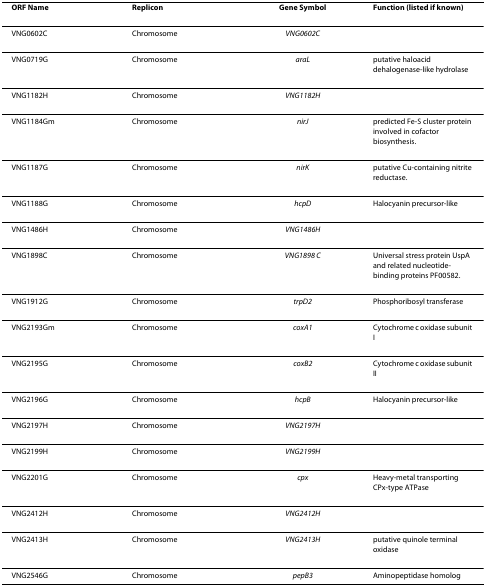
<table><thead><tr><td><b>ORF Name</b></td><td><b>Replicon</b></td><td><b>Gene Symbol</b></td><td><b>Function (listed if known)</b></td></tr></thead><tbody><tr><td>VNG0602C</td><td>Chromosome</td><td><i>VNG0602C</i></td><td></td></tr><tr><td>VNG0719G</td><td>Chromosome</td><td><i>araL</i></td><td>putative haloacid dehalogenase-like hydrolase</td></tr><tr><td>VNG1182H</td><td>Chromosome</td><td><i>VNG1182H</i></td><td></td></tr><tr><td>VNG1184Gm</td><td>Chromosome</td><td><i>nirJ</i></td><td>predicted Fe-S cluster protein involved in cofactor biosynthesis.</td></tr><tr><td>VNG1187G</td><td>Chromosome</td><td><i>nirK</i></td><td>putative Cu-containing nitrite reductase.</td></tr><tr><td>VNG1188G</td><td>Chromosome</td><td><i>hcpD</i></td><td>Halocyanin precursor-like</td></tr><tr><td>VNG1486H</td><td>Chromosome</td><td><i>VNG1486H</i></td><td></td></tr><tr><td>VNG1898C</td><td>Chromosome</td><td><i>VNG1898 C</i></td><td>Universal stress protein UspA and related nucleotide-binding proteins PF00582.</td></tr><tr><td>VNG1912G</td><td>Chromosome</td><td><i>trpD2</i></td><td>Phosphoribosyl transferase</td></tr><tr><td>VNG2193Gm</td><td>Chromosome</td><td><i>coxA1</i></td><td>Cytochrome c oxidase subunit I</td></tr><tr><td>VNG2195G</td><td>Chromosome</td><td><i>coxB2</i></td><td>Cytochrome c oxidase subunit II</td></tr><tr><td>VNG2196G</td><td>Chromosome</td><td><i>hcpB</i></td><td>Halocyanin precursor-like</td></tr><tr><td>VNG2197H</td><td>Chromosome</td><td><i>VNG2197H</i></td><td></td></tr><tr><td>VNG2199H</td><td>Chromosome</td><td><i>VNG2199H</i></td><td></td></tr><tr><td>VNG2201G</td><td>Chromosome</td><td><i>cpx</i></td><td>Heavy-metal transporting CPx-type ATPase</td></tr><tr><td>VNG2412H</td><td>Chromosome</td><td><i>VNG2412H</i></td><td></td></tr><tr><td>VNG2413H</td><td>Chromosome</td><td><i>VNG2413H</i></td><td>putative quinole terminal oxidase</td></tr><tr><td>VNG2546G</td><td>Chromosome</td><td><i>pepB3</i></td><td>Aminopeptidase homolog</td></tr></tbody></table>